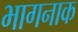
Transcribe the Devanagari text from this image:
भागनाक